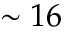
\sim 1 6